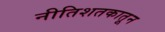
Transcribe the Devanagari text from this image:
नीतिशतकातून